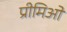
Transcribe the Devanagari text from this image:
प्रीमिओ